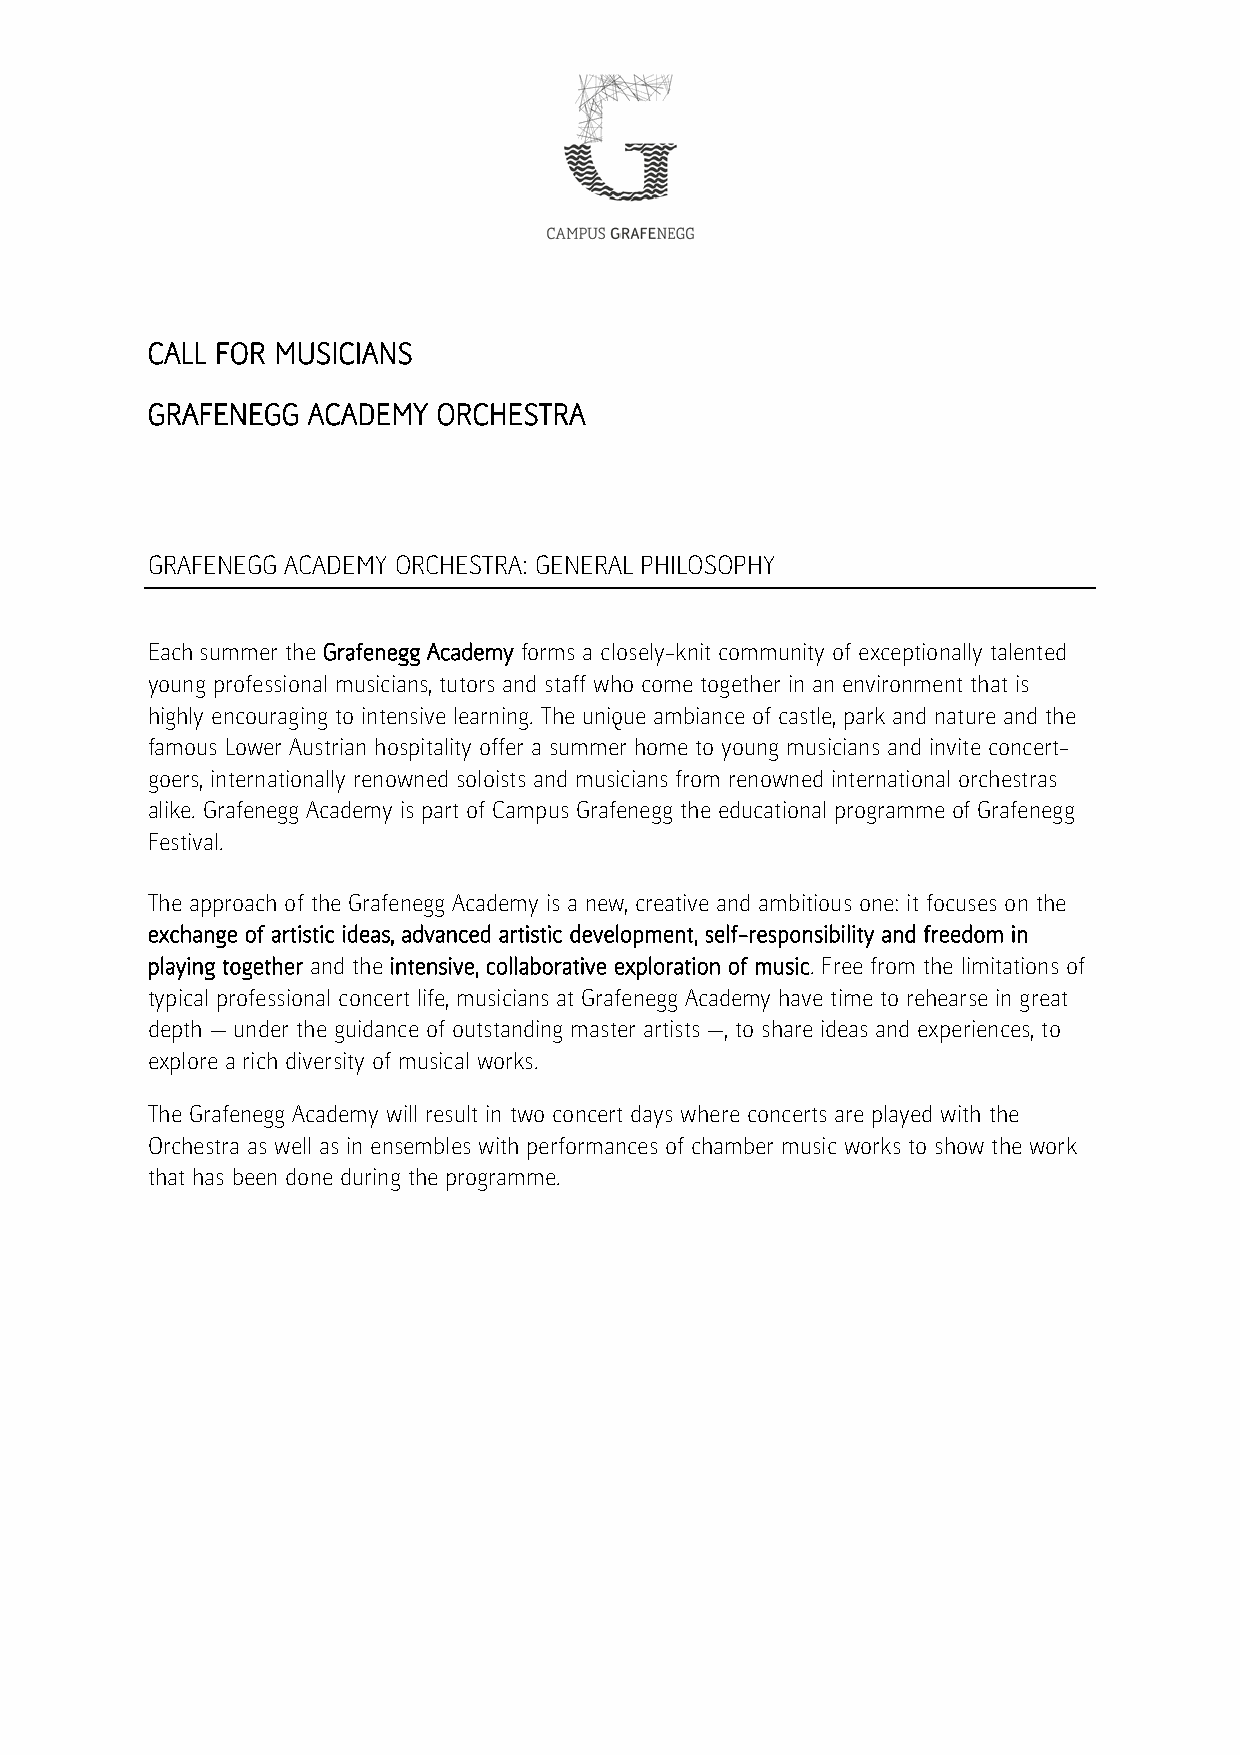
CALL FOR MUSICIANS
 GRAFENEGG ACADEMY  ORCHESTRA
 GRAFENEGG ACADEMY ORCHESTRA: GENERAL PHILOSOPHY
 Each summer the Grafenegg Academy forms a closely-knit community of exceptionally talented
 young professional musicians, tutors and staff who come together in an environment that is
 highly encouraging to intensive learning. The unique ambiance of castle, park and nature and the
 famous Lower Austrian hospitality offer a summer home to young musicians and invite concert-
 goers, internationally renowned soloists and musicians from renowned international orchestras
 alike. Grafenegg Academy is part of Campus Grafenegg the educational programme of Grafenegg
 Festival.
 The approach of the Grafenegg Academy is a new, creative and ambitious one: it focuses on the
 exchange of artistic ideas, advanced artistic development, self-responsibility and freedom in
 playing together and the intensive, collaborative exploration of music. Free from the limitations of
 typical professional concert life, musicians at Grafenegg Academy have time to rehearse in great
 depth — under the guidance of outstanding master artists —, to share ideas and experiences, to
 explore a rich diversity of musical works.
 The Grafenegg Academy will result in two concert days where concerts are played with the
 Orchestra as well as in ensembles with performances of chamber music works to show the work
 that has been done during the programme.